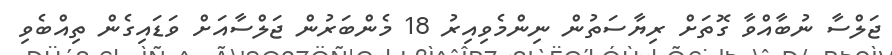
ޖަލްސާ ނުބާއްވާ ގޮތަށް ރިޔާސަތުން ނިންމެވިއިރު 18 މެންބަރުން ޖަލްސާއަށް ވަޑައިގެން ތިއްބެވި